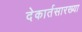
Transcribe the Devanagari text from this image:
देकार्तसारख्या